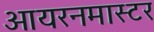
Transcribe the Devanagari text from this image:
आयरनमास्टर